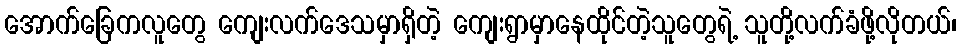
အောက်ခြေကလူတွေ ကျေးလက်ဒေသမှာရှိတဲ့ ကျေးရွာမှာနေထိုင်တဲ့သူတွေရဲ့ သူတို့လက်ခံဖို့လိုတယ်၊